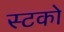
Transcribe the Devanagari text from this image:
स्टको